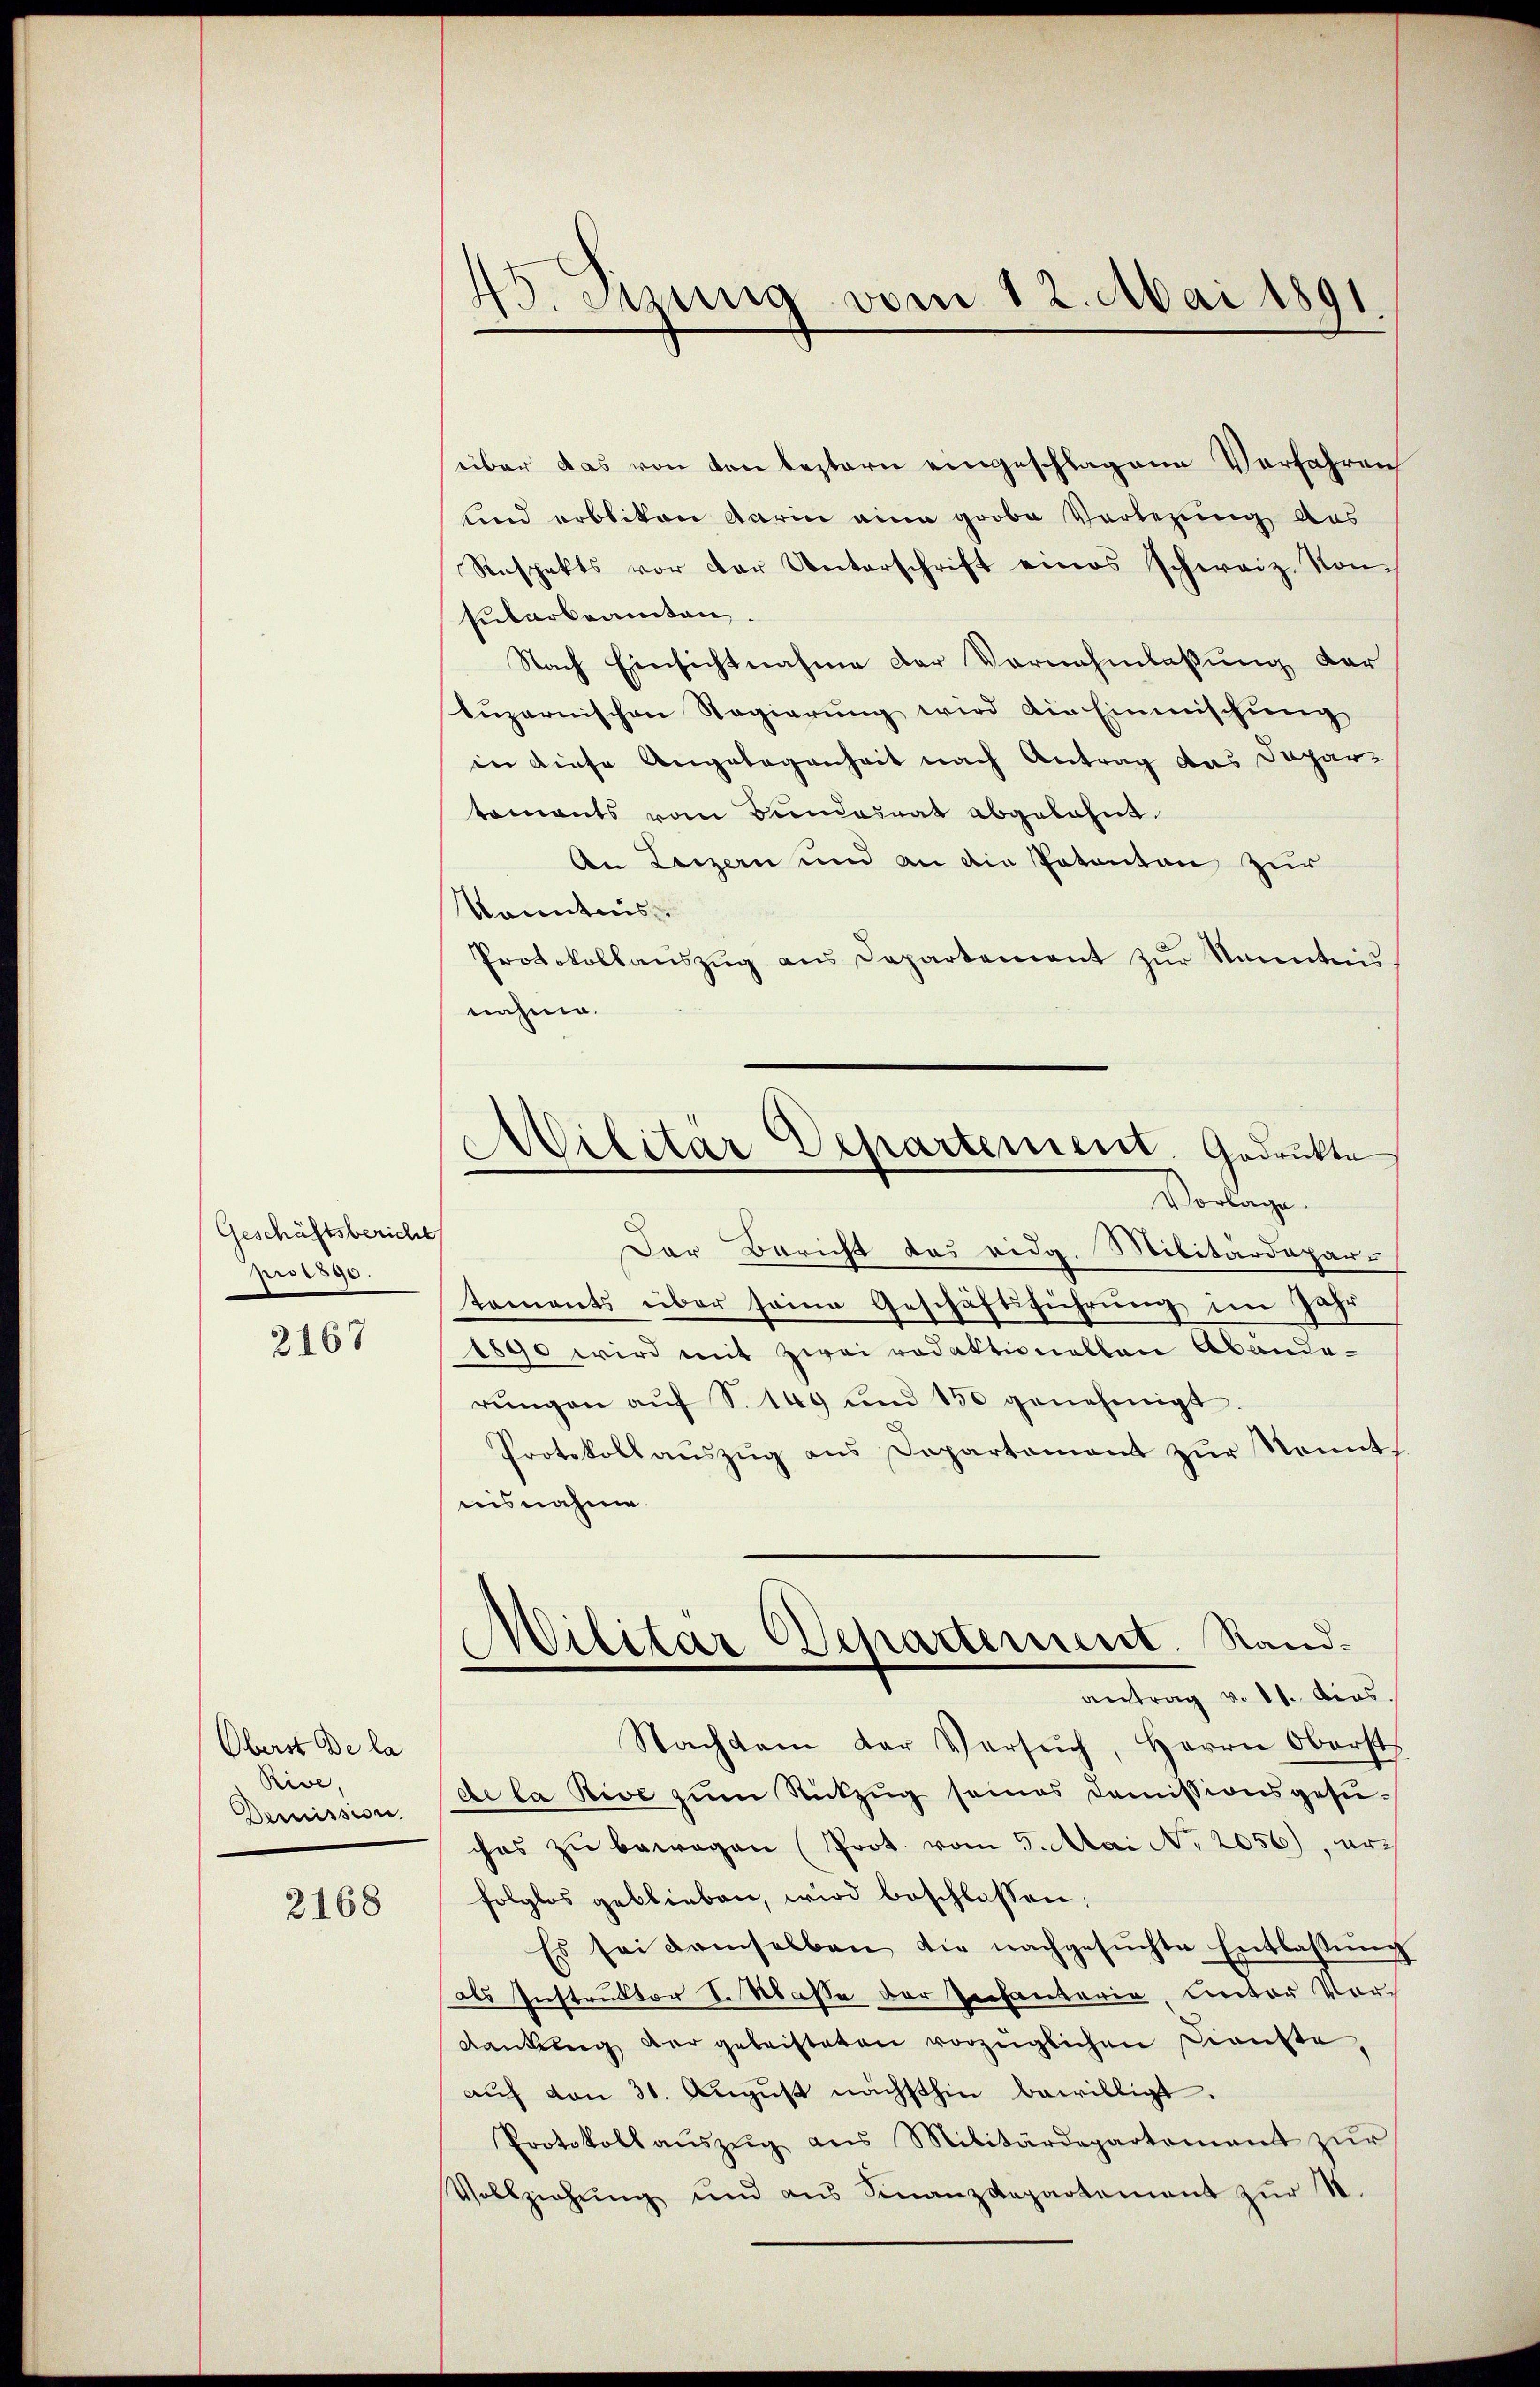
Geschäftsbericht
pwesge

2167

Oberst De la
Rive,
Demission.

2168

45. Sizung vom 12. Mai 1891
2

Militar Departement. Gedruckte
Vorlage.

über das von den bestern eingeschlagene Verfahren
lind erbliten darin eine grobe Vorlegung aus
Respekts vor der Unterschrift eines schweiz. Kon-
Entarbeamten.
Nach Einsichtnahme der Vornahmlassung der
tuzarnischen Regierung wird die Einmischung
in diese Angelegenheit nach Antrag das Departomants vom Bundesrat abgelehnt.
An Luzern und an die Patenten zur
Kenntnis
Protokollauszug aus Departement zur Kenntnis
nahme.
Der Bericht das eidg. Militärdepartaments über seine Geschäftsführung im Jahr
1890 wird mit zwei redaktionellen Abänderungen auf S. 149 und 150 genehmigt
Protokoll aŭszŭg ans Departement zur Kennt.
nisnahme.
Militar Departement. Sand¬
.
antrag v. 11. dies
Nachdem der Versŭch, Herrn Oberst
de la Rive zum Rückzug seines Domissionsgesuchas zu bewegen (Prot. vom 5. Mai No 2056), arch
folglos geblieben, wird beschlossen:
Es sei demselben die nachgesŭchte Entlassŭng
als Instruktor S. Masse der Rechantaria, Lector Vordankung der geleisteten vorzüglichen Dienste
aŭf von 31. Aŭgŭst nächsthin bewilligt.
Protokoll aŭszŭg ans Militärdepartement zŭr
Vollziehŭng und ans Finanzdepartement zŭr 1.